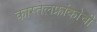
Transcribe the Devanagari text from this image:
कास्तेलफ्रांकोची